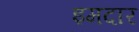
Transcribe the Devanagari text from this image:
इमदार